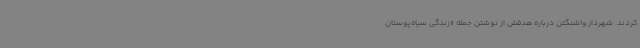
کردند. شهردار واشنگتن درباره هدفش از نوشتن جمله‌ «زندگی سیاه‌پوستان